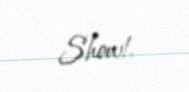
Show!.